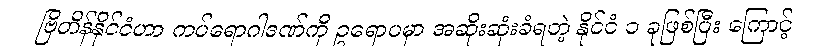
ဗြိတိန်နိုင်ငံဟာ ကပ်ရောဂါဒဏ်ကို ဥရောပမှာ အဆိုးဆုံးခံရတဲ့ နိုင်ငံ ၁ ခုဖြစ်ပြီး ကြောင့်